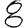
Digit: 8